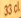
33 cl